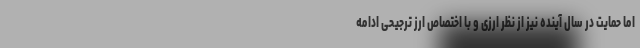
اما حمایت در سال آینده نیز از نظر ارزی و با اختصاص ارز ترجیحی ادامه